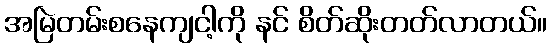
အမြဲတမ်းစနေကျငါ့ကို နင် စိတ်ဆိုးတတ်လာတယ်။